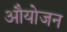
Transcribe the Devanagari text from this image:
औयोजन